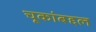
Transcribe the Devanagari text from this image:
चूकांबद्दल